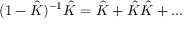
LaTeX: ( 1 - \hat { K } ) ^ { - 1 } \hat { K } = \hat { K } + \hat { K } \hat { K } + \dots